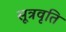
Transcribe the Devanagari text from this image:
सूत्रवृति